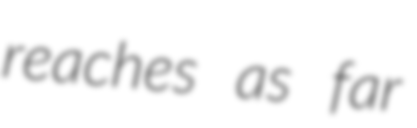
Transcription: reaches as far